Civil Veterinary Department Bengal reports 1923-33 - 1923-1933
Year: 1923
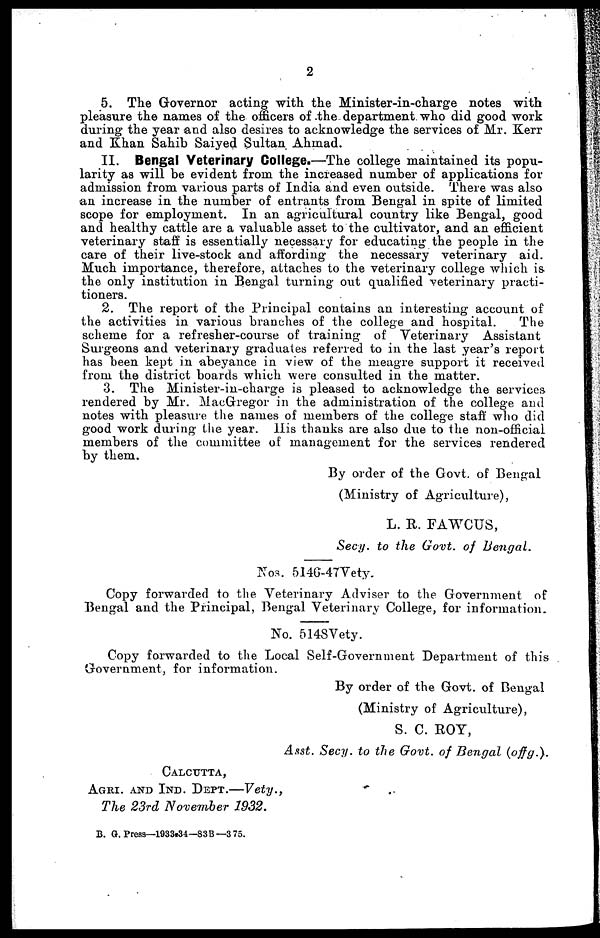
2
5. The Governor acting with the Minister-in-charge notes with
pleasure the names of the officers of the department who did good work
during the year and also desires to acknowledge the services of Mr. Kerr
and Khan Sahib Saiyed Sultan Ahmad.
II. Bengal Veterinary College.—The college maintained its popu-
larity as will be evident from the increased number of applications for
admission from various parts of India and even outside. There was also
an increase in the number of entrants from Bengal in spite of limited
scope for employment. In an agricultural country like Bengal, good
and healthy cattle are a valuable asset to the cultivator, and an efficient
veterinary staff is essentially necessary for educating the people in the
care of their live-stock and affording the necessary veterinary aid.
Much importance, therefore, attaches to the veterinary college which is
the only institution in Bengal turning out qualified veterinary practi-
tioners.
2. The report of the Principal contains an interesting account of
the activities in various branches of the college and hospital.
The
scheme for a refresher-course of training of Veterinary Assistant
Surgeons and veterinary graduates referred to in the last year's report
has been kept in abeyance in view of the meagre support it received
from the district boards which were consulted in the matter.
3. The Minister-in-charge is pleased to acknowledge the services
rendered by Mr. MacGregor in the administration of the college and
notes with pleasure the names of members of the college staff who did
good work during the year. His thanks are also due to the non-oificial
members of the committee of management for the services rendered
by them.
By order of the Govt. of Bengal
(Ministry of Agriculture),
L. R. FAWCUS,
Secy. to the Govt. of Bengal.
Nos. 5146-47Vety.
Copy forwarded to the Veterinary Adviser to the Government of
Bengal and the Principal, Bengal Veterinary College, for information.
No. 5148Vety.
Copy forwarded to the Local Self-Government Department of this
Government, for information.
By order of the Govt. of Bengal
(Ministry of Agriculture),
S. C. ROY,
Asst. Secy. to the Govt. of Bengal (offg.).
CALCUTTA,
AGRI. AND IND. DEPT.—Vety.,
The 23rd November 1932.
B. G. Press—1933.34—83B—3 75.